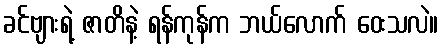
ခင်ဗျားရဲ့ ဇာတိနဲ့ ရန်ကုန်က ဘယ်လောက် ဝေးသလဲ။